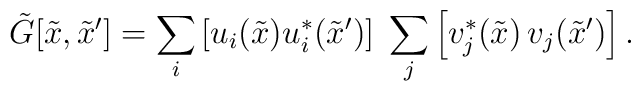
{\tilde G}[{\tilde x},{\tilde x'}]=\sum_{i} \left[u_i({\tilde x})u_i^*({\tilde x'})\right]\;\sum_j \left[v_j^*({\tilde x})\, v_j({\tilde x'})\right].